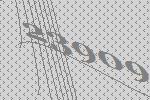
23909